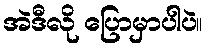
အဲဒီလို ပြောမှာပါပဲ။